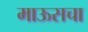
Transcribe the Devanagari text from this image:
माऊसचा